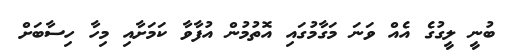
ބުނީ ލީގުގެ އެއް ވަނަ މަގާމުގައި އޮތުމުން އުފާވާ ކަަމަށާއި މިހާ ހިސާބަށް